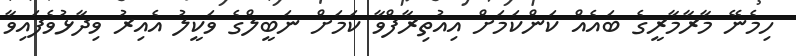
ހިމެނޭ މާރާމާރީގެ ބައެއް ކަންކަމަށް އިއުތިރާފްވާ ކަމަށް ނަބީލްގެ ވަކީލު އެއިރު ވިދާޅުވެފައިވާ